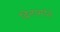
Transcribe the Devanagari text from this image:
दिनामोने